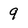
Character: 9